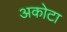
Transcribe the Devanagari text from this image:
अकोटा